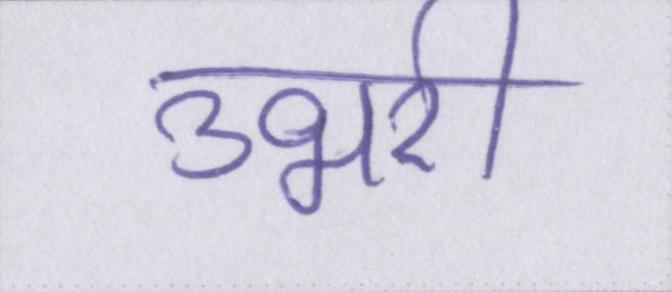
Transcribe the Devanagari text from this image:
उभरी